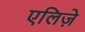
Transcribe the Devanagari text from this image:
एलिज़े